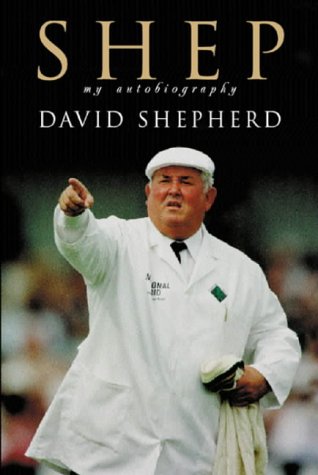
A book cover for Shep: My Autobiography; David Shepherd; Sports & Outdoors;